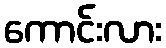
ကောင်းလား